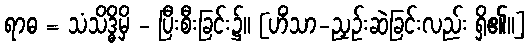
ရာဓ = သံသိဒ္ဓိမှိ - ပြီးစီးခြင်း၌။ [ဟိံသာ-ညှဉ်းဆဲခြင်းလည်း ရှိ၏။]